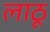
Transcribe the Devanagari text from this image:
लाठू